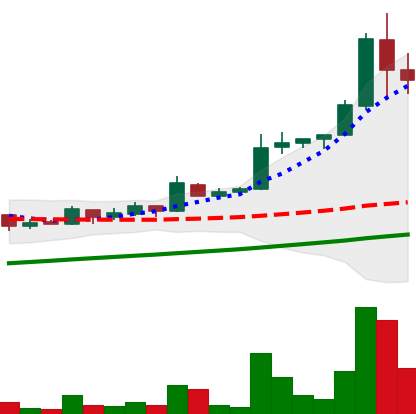
Ticker: LTC-USD
Chart end date: 2017-09-03
Forward return: -11.775%
Label: down_7plus